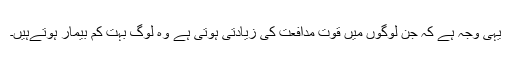
یہی وجہ ہے کہ جن لوگوں میں قوت مدافعت کی زیادتی ہوتی ہے وہ لوگ بہت کم بیمار ہوتےہیں۔